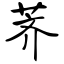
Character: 荠